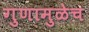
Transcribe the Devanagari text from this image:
गुणामुळेच